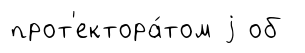
прот'ектора́том j об